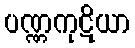
ပဏ္ဏကုဋိယာ